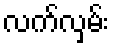
လက်လှမ်း